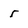
Character: 5